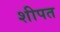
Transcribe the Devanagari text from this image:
शीपत